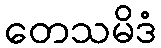
တေသမိဒံ